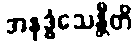
အနုဒ္ဓံသေန္တီတိ